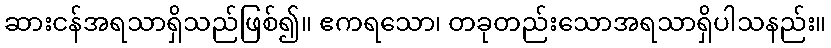
ဆားငန်အရသာရှိသည်ဖြစ်၍။ ဧကရသော၊ တခုတည်းသောအရသာရှိပါသနည်း။